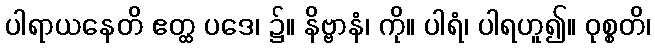
ပါရာယနေတိ ဧတ္ထ ပဒေ၊ ၌။ နိဗ္ဗာနံ၊ ကို။ ပါရံ၊ ပါရဟူ၍။ ဝုစ္စတိ၊